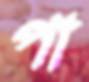
পা